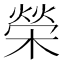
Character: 榮